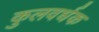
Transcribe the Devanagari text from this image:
कुलवर्धक